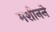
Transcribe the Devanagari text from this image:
मशीनने